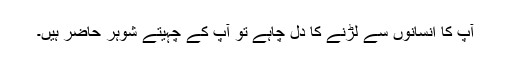
آپ کا انسانوں سے لڑنے کا دل چاہے تو آپ کے چہیتے شوہر حاضر ہیں۔